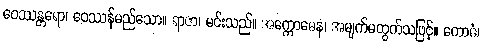
ဝေဿန္တရော၊ ဝေဿန်မည်သော။ ရာဇာ၊ မင်းသည်။ အက္ကောဓေန၊ အမျက်မထွက်သဖြင့်။ ကောဓံ၊